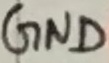
Text: GND